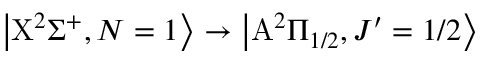
\left| \mathrm { X } ^ { 2 } \Sigma ^ { + } , N = 1 \right> \rightarrow \left| \mathrm { A } ^ { 2 } \Pi _ { 1 / 2 } , J ^ { \prime } = 1 / 2 \right>